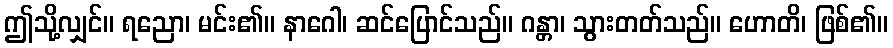
ဤသို့လျှင်။ ရညော၊ မင်း၏။ နာဂေါ၊ ဆင်ပြောင်သည်။ ဂန္တာ၊ သွားတတ်သည်။ ဟောတိ၊ ဖြစ်၏။